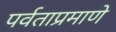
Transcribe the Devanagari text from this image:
पर्वताप्रमाणे